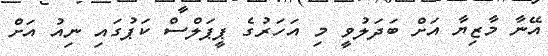
އޭނާ މާޒިޔާ އަށް ބަދަލުވީ މި އަހަރުގެ ޕީޕަލްސް ކަޕުގައި ނިއު އަށް